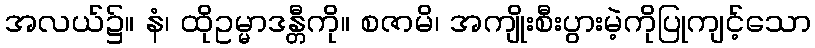
အလယ်၌။ နံ၊ ထိုဥမ္မာဒန္တီကို။ စဇာမိ၊ အကျိုးစီးပွားမဲ့ကိုပြုကျင့်သော